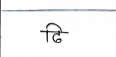
मजकूर: ठी